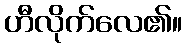
ဟီလိုက်လေ၏။